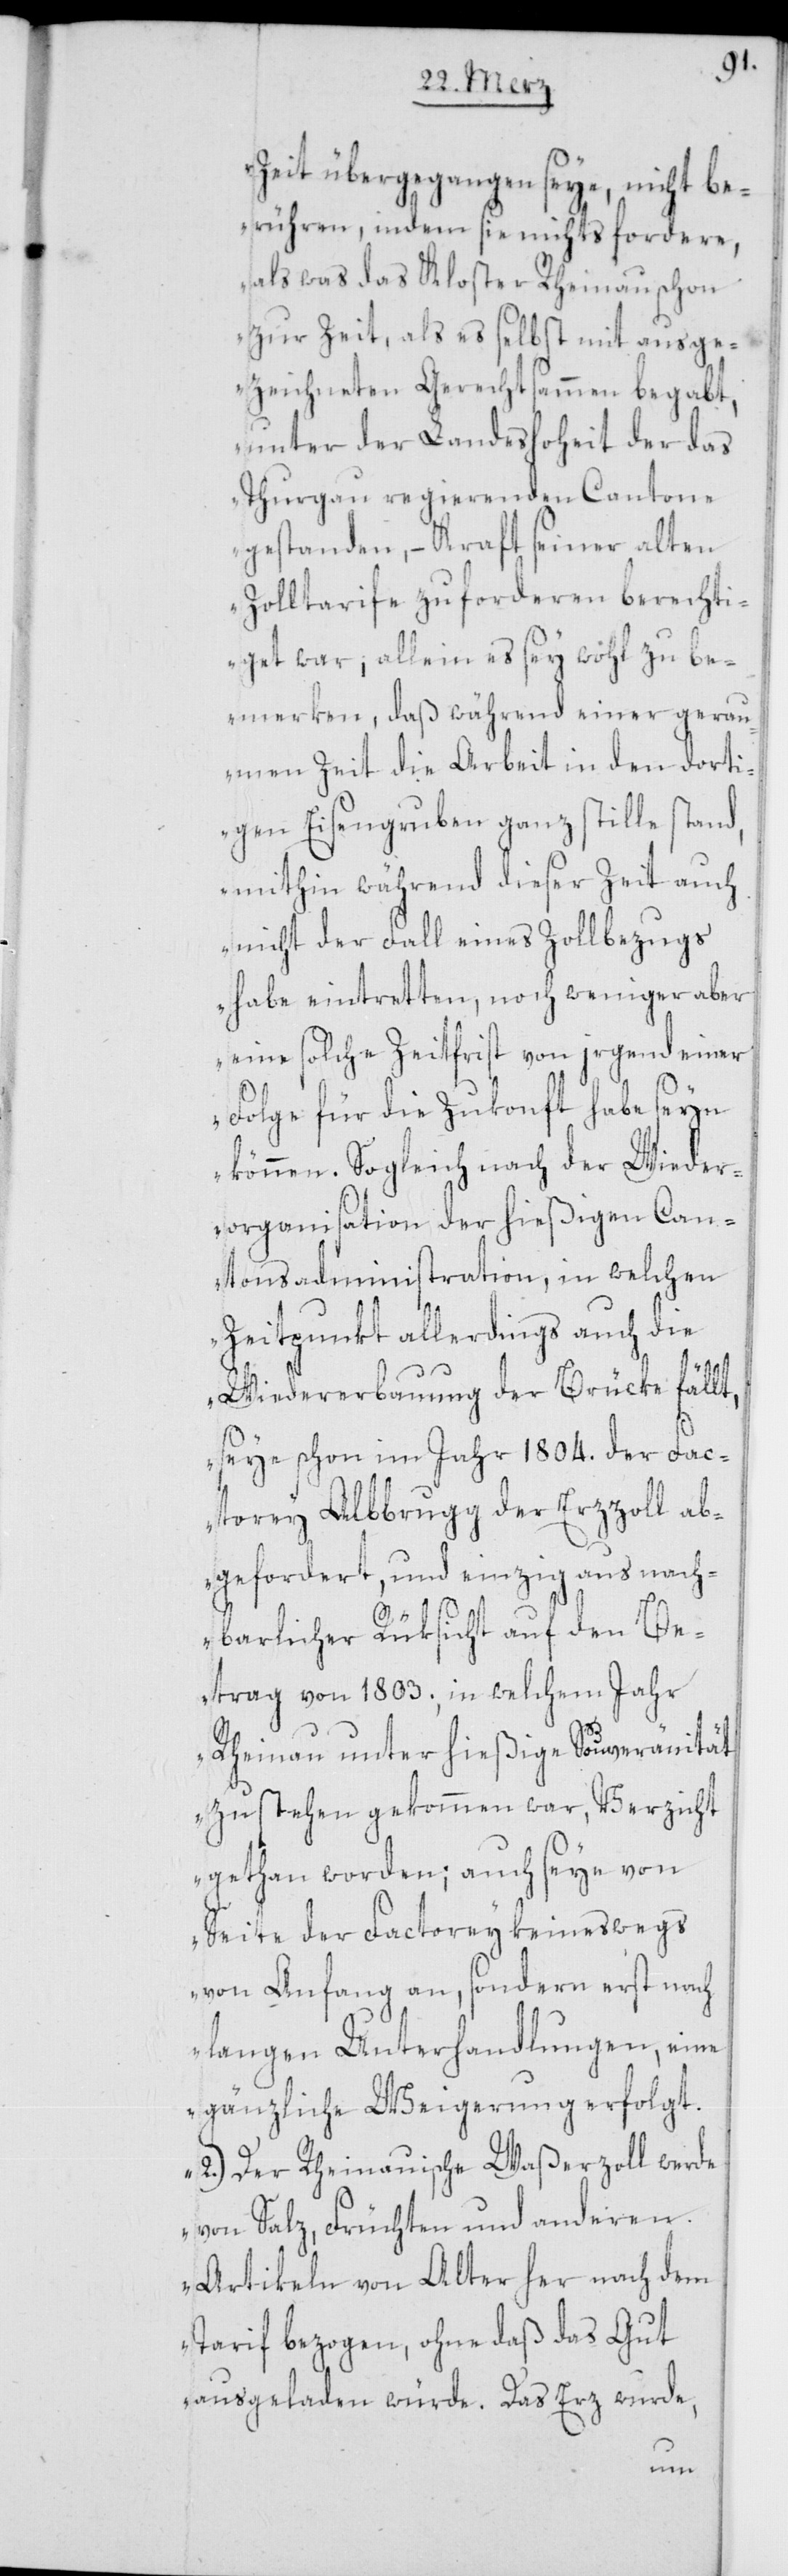
Zeit übergangen seye, nicht be¬
rühren, indem sie nichts fordere,
als was das Kloster Rheinau schon
zur Zeit, als es selbst mit ausge¬
zeichneten Gerechtsammen begabt,
unter der Landeshoheit der das
Thurgau regierenden Cantone
gestanden, – Kraft seiner alten
Zolltarife zu forderen berechti¬
get war; allein es sey wohl zu be¬
merken, daß während einer gerau¬
men Zeit die Arbeit in den dorti¬
gen Eisengruben ganz stille stand,
mithin während dieser Zeit auch
nicht der Fall eines Zollbezugs
habe eintretten, noch weniger aber
eine solche Zeitfrist von irgend einer
Folge für die Zukonft habe seyn
können. Sogleich nach der Wieder¬
organisation der hießigen Can¬
tonsadministration, in welchen
Zeitpunkt allerdings auch die
Wiedererbauung der Brücke fällt,
seye schon im Jahr 1804. der Fac¬
torey Albbrugg der Erzzoll ab¬
gefordert, und einzig aus nach¬
barlicher Rüksicht auf den Be¬
trag von 1803., in welchem Jahr
Rheinau unter hießige Souveränität
zu stehen gekommen war, Verzicht
gethan worden; auch seye von
Seite der Factorey keineswegs
von Anfang an, sondern erst nach
langen Unterhandlungen, eine
gänzliche Weigerung erfolgt.
2.) Der Rheinauische Waßerzoll werde
von Salz, Früchten und anderen
Artikeln von Alter her nach dem
Tarif bezogen, ohne daß das Gut
ausgeladen würde. Das Erz wurde,